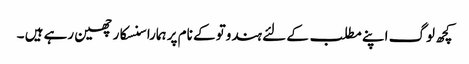
کچھ لوگ اپنے مطلب کے لئے ہندوتو کے نام پر ہمارا سنسکار چھین رہے ہیں ۔